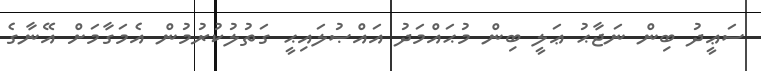
ސަޢީދު ބިން ނަޖާޙު ޢަލީ ބިން މުޙައްމަދު އައްޞުލައިޙީ ގަތުލުކުރުމުން އެމަގާމަށް އޭނާގެ